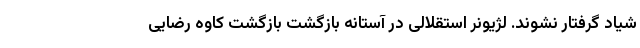
شیاد گرفتار نشوند. لژیونر استقلالی در آستانه بازگشت بازگشت کاوه رضایی